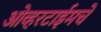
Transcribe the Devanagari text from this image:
ओव्हरटाईमचे